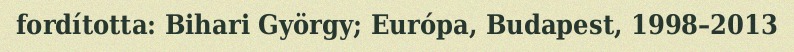
fordította: Bihari György; Európa, Budapest, 1998–2013